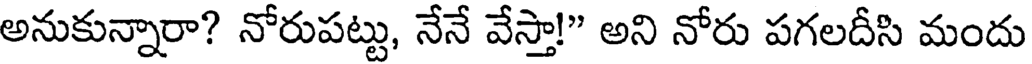
అనుకున్నారా? నోరుపట్టు, నేనే వేస్తా!" అని నోరు పగలదీసి మందు